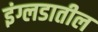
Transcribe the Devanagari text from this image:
इंग्लडातील